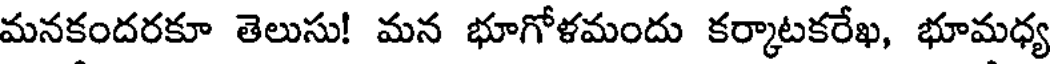
మనకందరకూ తెలుసు! మన భూగోళమందు కర్కాటకరేఖ, భూమధ్య